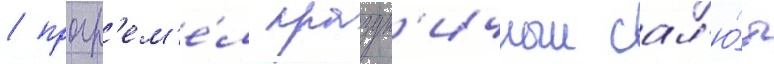
/ прогр'ем'е́л праздн'ичныи сал'ю́т